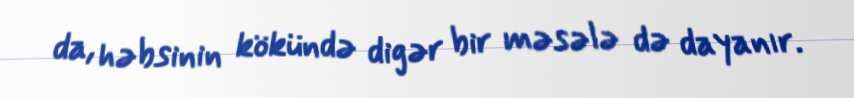
da, həbsinin kökündə digər bir məsələ də dayanır.